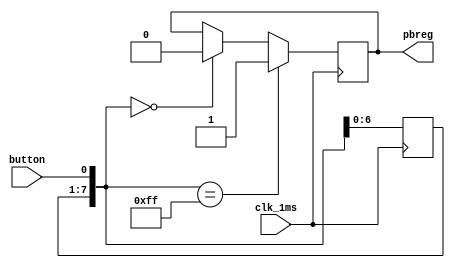
`timescale 1ns / 1ps
//////////////////////////////////////////////////////////////////////////////////
// Company: 
// Engineer: 
// 
// Design Name: 
// Module Name:    pbdebounce 
// Project Name: 
// Target Devices: 
// Tool versions: 
// Description: 
//
// Dependencies: 
//
// Revision: 
// Revision 0.01 - File Created
// Additional Comments: 
//
//////////////////////////////////////////////////////////////////////////////////
module pbdebounce(
input wire clk_1ms,
	input wire button, 
	output reg pbreg
    );
	reg [7:0] pbshift;
	
	always@(posedge clk_1ms) begin
		pbshift=pbshift<<1;
		pbshift[0]=button;
		if (pbshift==8'b0)
			pbreg=0;
		if (pbshift==8'hFF)
			pbreg=1;	
	end


endmodule